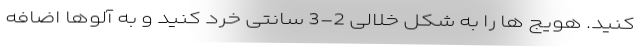
کنید. هویج ها را به شکل خلالی 2-3 سانتی خرد کنید و به آلوها اضافه